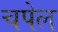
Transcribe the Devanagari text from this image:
चपेल